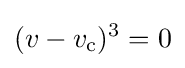
(v-v_{\text{c}})^{3}=0